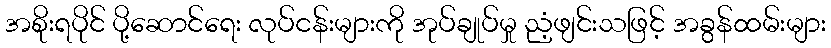
အစိုးရပိုင် ပို့ဆောင်ရေး လုပ်ငန်းများကို အုပ်ချုပ်မှု ညံ့ဖျင်းသဖြင့် အခွန်ထမ်းများ